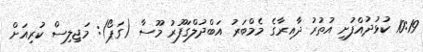
10:19 ކުޅުދުއްފުށި އުތުރު ދާއިރާގެ މެމްބަރު އަބްދުލްގަފޫރު މޫސާ (ގަޕޯ): މަޖިލިސް ކުރިއަށް